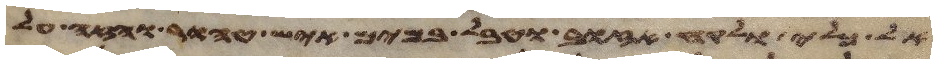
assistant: כלי ולקח אזוב וטבל במים איש טהור והזה על